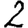
Digit: 2